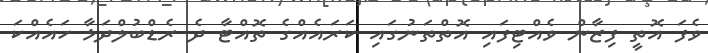
ވެފަ އޮތީ ފިޒާން ވެއްޓިފައި އޮތްތަނުގައި ކަރައެއްގެ ތޮއްޓާ ދެ ރެޑްބުލްދަޅާ ހައެއްކަ